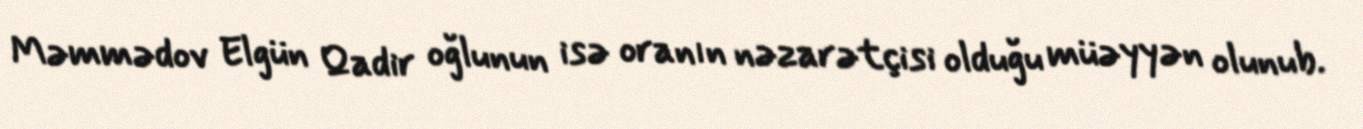
Məmmədov Elgün Qadir oğlunun isə oranın nəzarətçisi olduğu müəyyən olunub.